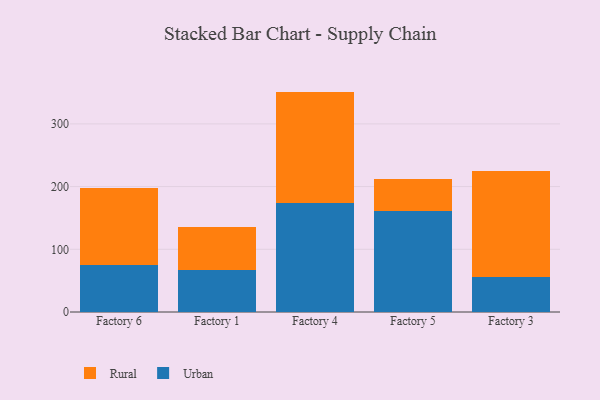
{"axis": {"x": "Factory", "y": "Customer Acquisition Cost (USD)"}, "legend": ["Rural", "Urban"], "data": [{"x": "Factory 6", "y": 75.1, "type": "Urban"}, {"x": "Factory 6", "y": 122.9, "type": "Rural"}, {"x": "Factory 1", "y": 67.1, "type": "Urban"}, {"x": "Factory 1", "y": 68.2, "type": "Rural"}, {"x": "Factory 4", "y": 173.7, "type": "Urban"}, {"x": "Factory 4", "y": 177.8, "type": "Rural"}, {"x": "Factory 5", "y": 160.6, "type": "Urban"}, {"x": "Factory 5", "y": 51.9, "type": "Rural"}, {"x": "Factory 3", "y": 56.5, "type": "Urban"}, {"x": "Factory 3", "y": 167.6, "type": "Rural"}]}